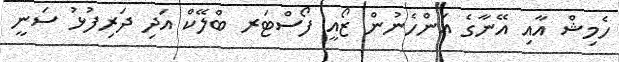
ހެމިޝް އާއި އޭނާގެ އަންހެނުން ޒޯއީ ފޯސްޓަރ ބްލޭކް އަދި ދަރިފުޅު ސަނީ